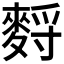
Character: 𪌳